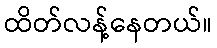
ထိတ်လန့်နေတယ်။